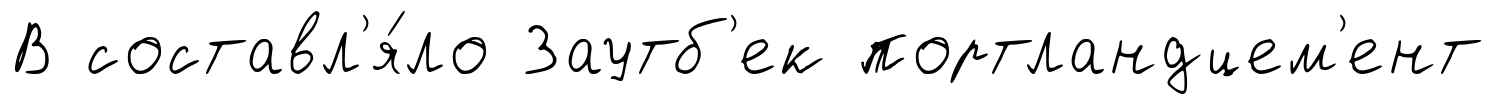
В составл'я́ло Заутб'ек портландцем'ент